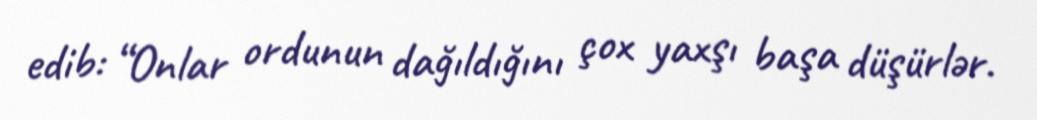
edib: “Onlar ordunun dağıldığını çox yaxşı başa düşürlər.